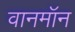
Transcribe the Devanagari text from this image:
वानमॉन